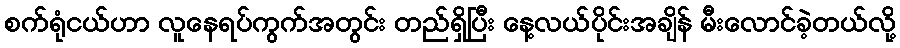
စက်ရုံငယ်ဟာ လူနေရပ်ကွက်အတွင်း တည်ရှိပြီး နေ့လယ်ပိုင်းအချိန် မီးလောင်ခဲ့တယ်လို့